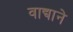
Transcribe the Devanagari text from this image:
वाद्याने